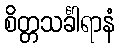
စိတ္တသင်္ခါရာနံ